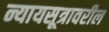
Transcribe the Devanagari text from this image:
न्यायसूत्रावरील